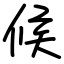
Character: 候